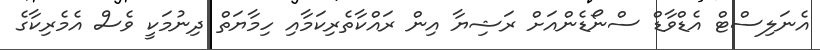
އެނަލިސްޓް އެޑްވާޑް ސްނޯޑެންއަށް ރަޝިޔާ އިން ރައްކާތެރިކަމާއި ހިމާޔަތް ދިނުމަކީ ވެސް އެމެރިކާގެ